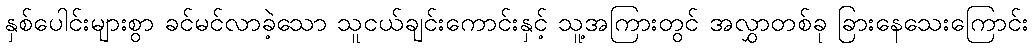
နှစ်ပေါင်းများစွာ ခင်မင်လာခဲ့သော သူငယ်ချင်းကောင်းနှင့် သူ့အကြားတွင် အလွှာတစ်ခု ခြားနေသေးကြောင်း